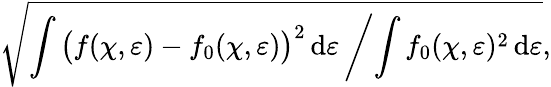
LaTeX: \sqrt{\int\big(f(\chi,\varepsilon)-f_{0}(\chi,\varepsilon)\big)^{2}\, \mathrm{d}\varepsilon\left/\int f_{0}(\chi,\varepsilon)^{2}\, \mathrm{d}\varepsilon\right.},